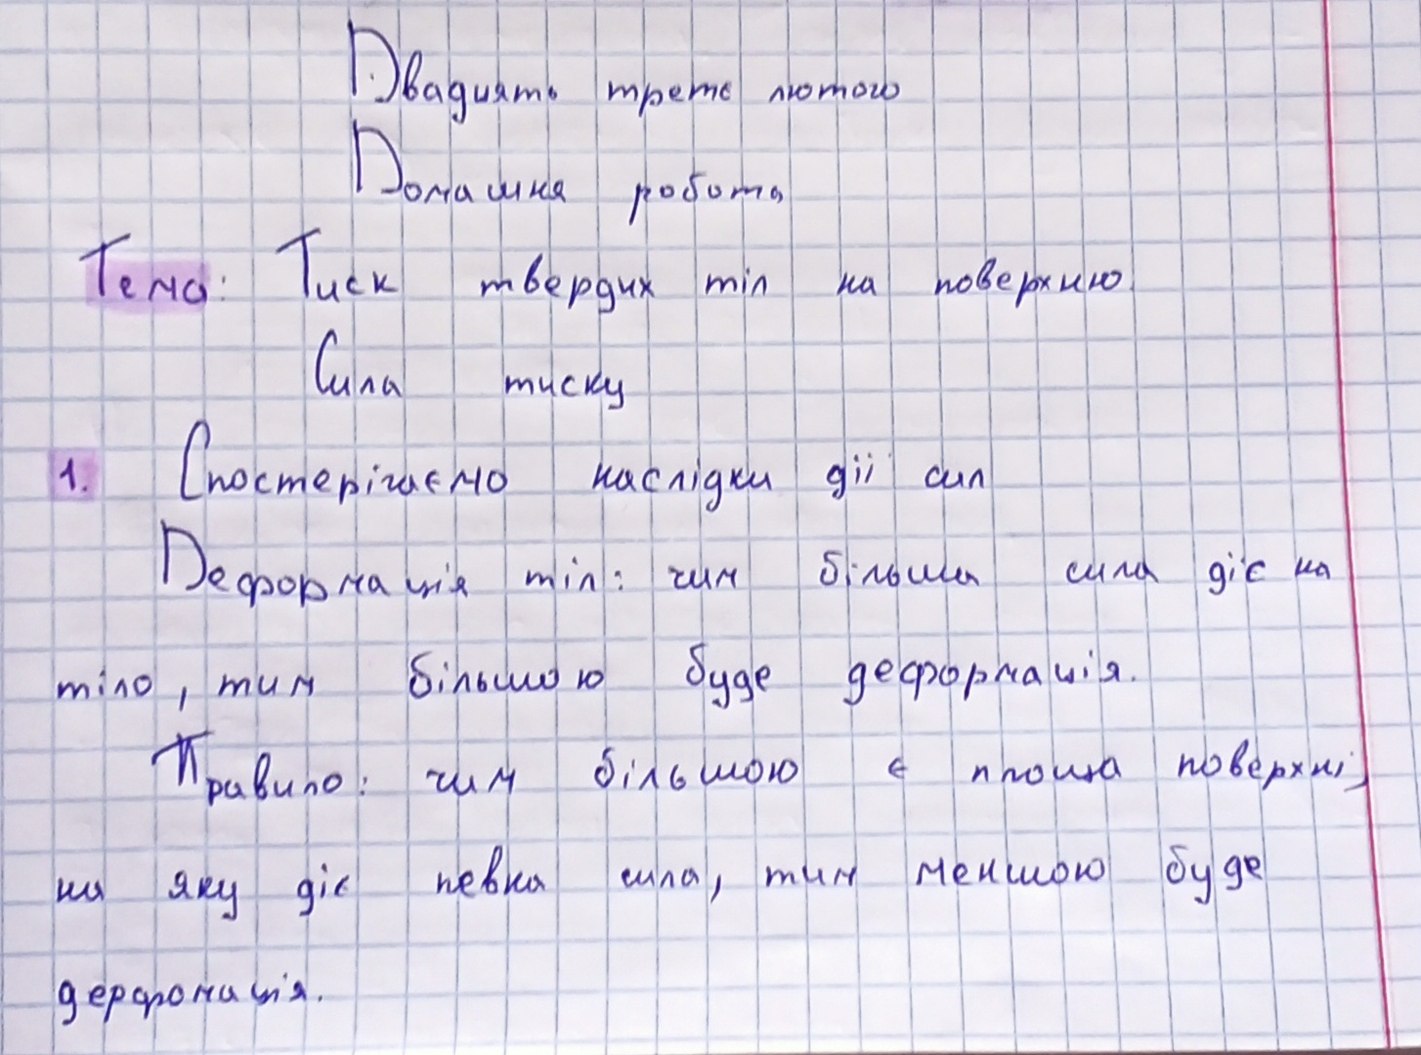
Двадцать трете лютого
Домашня робота
Тема: Тиск твердих тіл на поверхню
Сила тиску
1. Спостерігаємо наслідки дії сил
Деформація тіл: чим більша сила діє на
тіло, тим більшою буде деформація.
Правило: чим більшою є площа поверхні,
на яку діє певна сила, тим меншою буде
деформація.